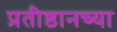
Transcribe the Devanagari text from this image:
प्रतीष्ठानच्या